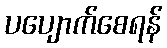
ပပျောက်စေရန်